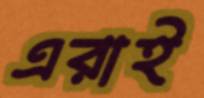
এরাই